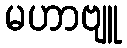
မဟာဗျူ